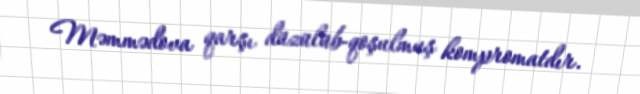
Məmmədova qarşı düzülüb-qoşulmuş kompromatdır.